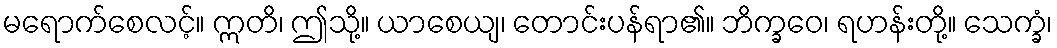
မရောက်စေလင့်။ ဣတိ၊ ဤသို့။ ယာစေယျ၊ တောင်းပန်ရာ၏။ ဘိက္ခဝေ၊ ရဟန်းတို့။ သေက္ခံ၊